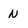
Character: N